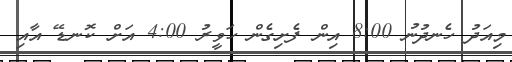
މިއަދު ހެނދުނު 8:00 އިން ފެށިގެން ހަވީރު 4:00 އަށް ކޮނޑޭ އާއި